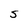
Character: S